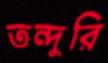
তন্দুরি